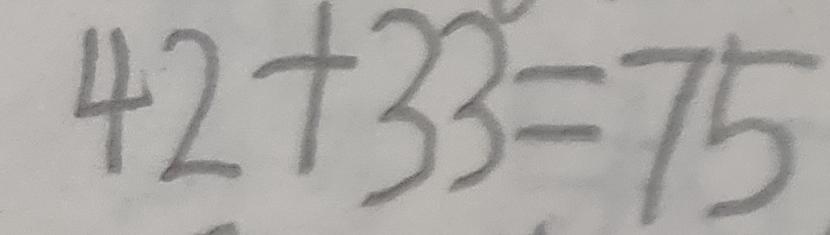
4 2 + 3 3 = 7 5